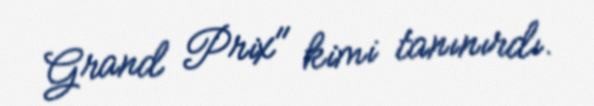
Grand Prix" kimi tanınırdı.